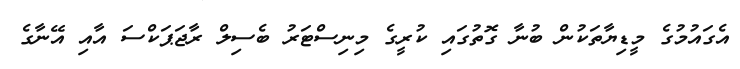
އެގައުމުގެ މީޑިޔާތަކުން ބުނާ ގޮތުގައި ކުރީގެ މިނިސްޓަރު ބެސިލް ރާޖަޕަކްސަ އާއި އޭނާގެ